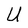
Character: U